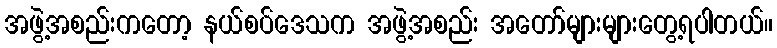
အဖွဲ့အစည်းကတော့ နယ်စပ်ဒေသက အဖွဲ့အစည်း အတော်များများတွေ့ရပါတယ်။